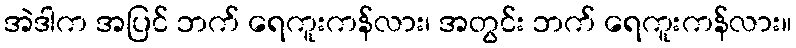
အဲဒါက အပြင် ဘက် ရေကူးကန်လား၊ အတွင်း ဘက် ရေကူးကန်လား။